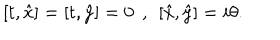
[ t , \hat { x } ] = [ t , \hat { y } ] = 0 \: \: , \: \: [ \hat { x } , \hat { y } ] = i \theta .